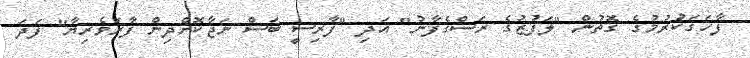
ފާހަގަކުރުމުގެ ގޮތުން "ލަފުޒުގެ ރަސްގެފާނު" އަދި "ފާރިސީ ބަސް ނަޖާކޮށްދިން ފާރަވެރިޔާ" ފަދަ